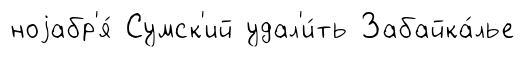
ноjабр'я́ Сумск'ий удал'и́ть Забайка́лье